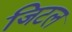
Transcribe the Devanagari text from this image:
जिटल